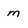
Character: m